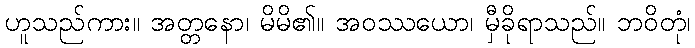
ဟူသည်ကား။ အတ္တနော၊ မိမိ၏။ အဝဿယော၊ မှီခိုရာသည်။ ဘဝိတုံ၊